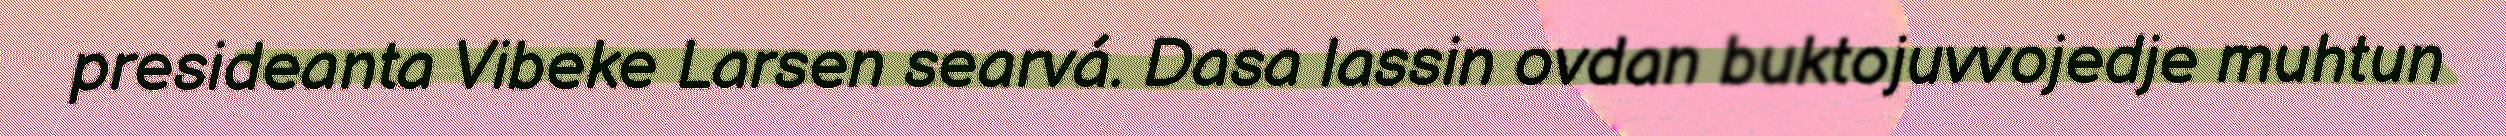
presideanta Vibeke Larsen searvá. Dasa lassin ovdan buktojuvvojedje muhtun